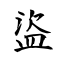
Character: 盜